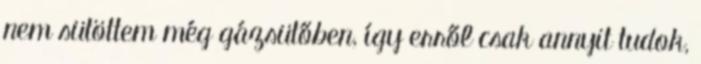
nem sütöttem még gázsütőben, így erről csak annyit tudok,